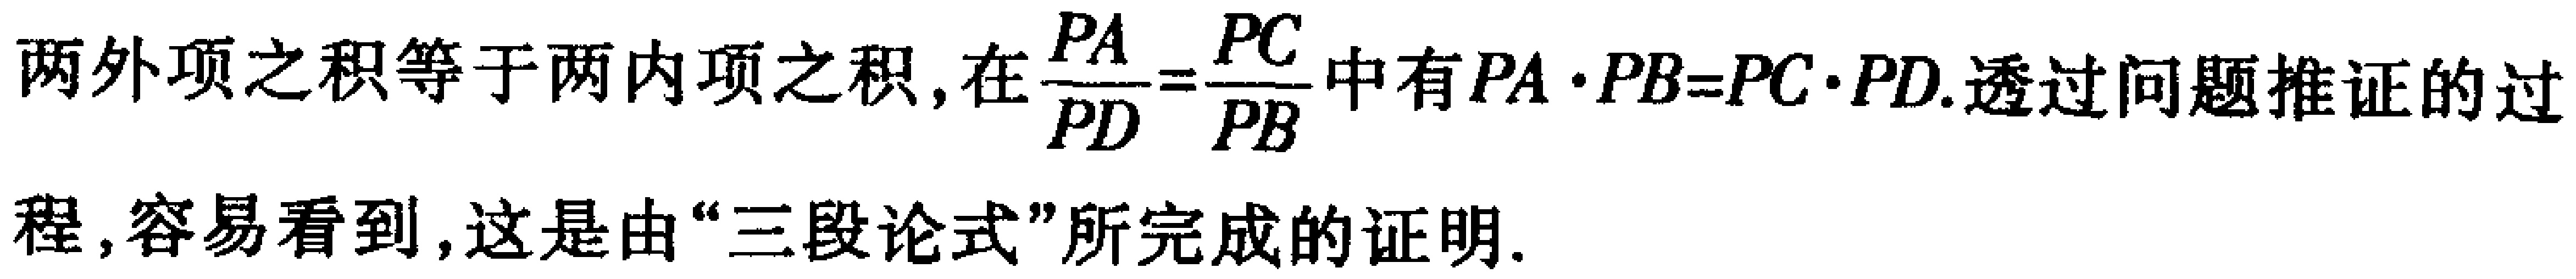
两外项之积等于两内项之积, 在$\frac{PA}{PD}=\frac{PC}{PB}$中有$PA\cdot PB = PC\cdot PD$. 透过问题推证的过程, 容易看到, 这是由“三段论式”所完成的证明.